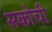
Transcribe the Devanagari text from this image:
सकोची